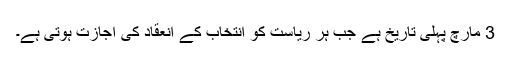
3 مارچ پہلی تاریخ ہے جب ہر ریاست کو انتخاب کے انعقاد کی اجازت ہوتی ہے۔